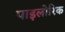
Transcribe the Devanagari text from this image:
पाइलोरिक